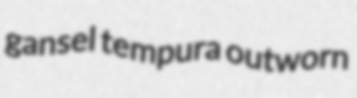
gansel tempura outworn